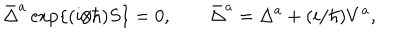
LaTeX: \bar { \Delta } ^ { a } \, \mathrm { e x p } \{ ( i / \hbar ) S \} = 0 , \qquad \bar { \Delta } ^ { a } = \Delta ^ { a } + ( i / \hbar ) V ^ { a } ,